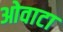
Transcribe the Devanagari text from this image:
ओवाटा